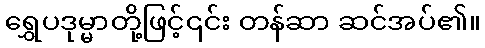
ရွှေပဒုမ္မာတို့ဖြင့်၎င်း တန်ဆာ ဆင်အပ်၏။